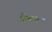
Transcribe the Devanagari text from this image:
क्रेसन